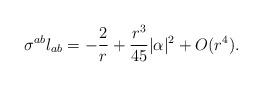
LaTeX: \begin{align*} \sigma^{ab} l_{ab} = - \frac{2}{r} +\frac{ r^3}{45} |\alpha|^2 +O(r^4). \end{align*}